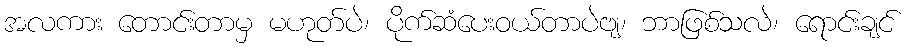
အလကား တောင်းတာမှ မဟုတ်ပဲ၊ ပိုက်ဆံပေးဝယ်တာပဲဗျ၊ ဘာဖြစ်သလဲ၊ ရောင်းချင်